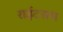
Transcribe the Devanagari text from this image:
राईटसम